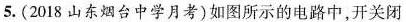
5.(2018山东烟台中学月考)如图所示的电路中，开关闭